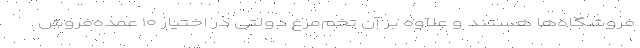
فروشگاه‌ها هستند و علاوه بر آن تخم‌مرغ دولتی در اختیار ۱۰ عمده‌فروش